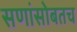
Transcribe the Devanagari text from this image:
सणांसोबतच